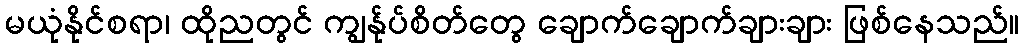
မယုံနိုင်စရာ၊ ထိုညတွင် ကျွန်ုပ်စိတ်တွေ ချောက်ချောက်ချားချား ဖြစ်နေသည်။